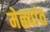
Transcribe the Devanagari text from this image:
मेळ्यांत